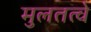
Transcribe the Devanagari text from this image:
मुलतत्वे